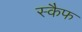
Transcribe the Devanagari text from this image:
स्कैफ